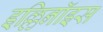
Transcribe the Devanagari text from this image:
इल्लिनॉइस